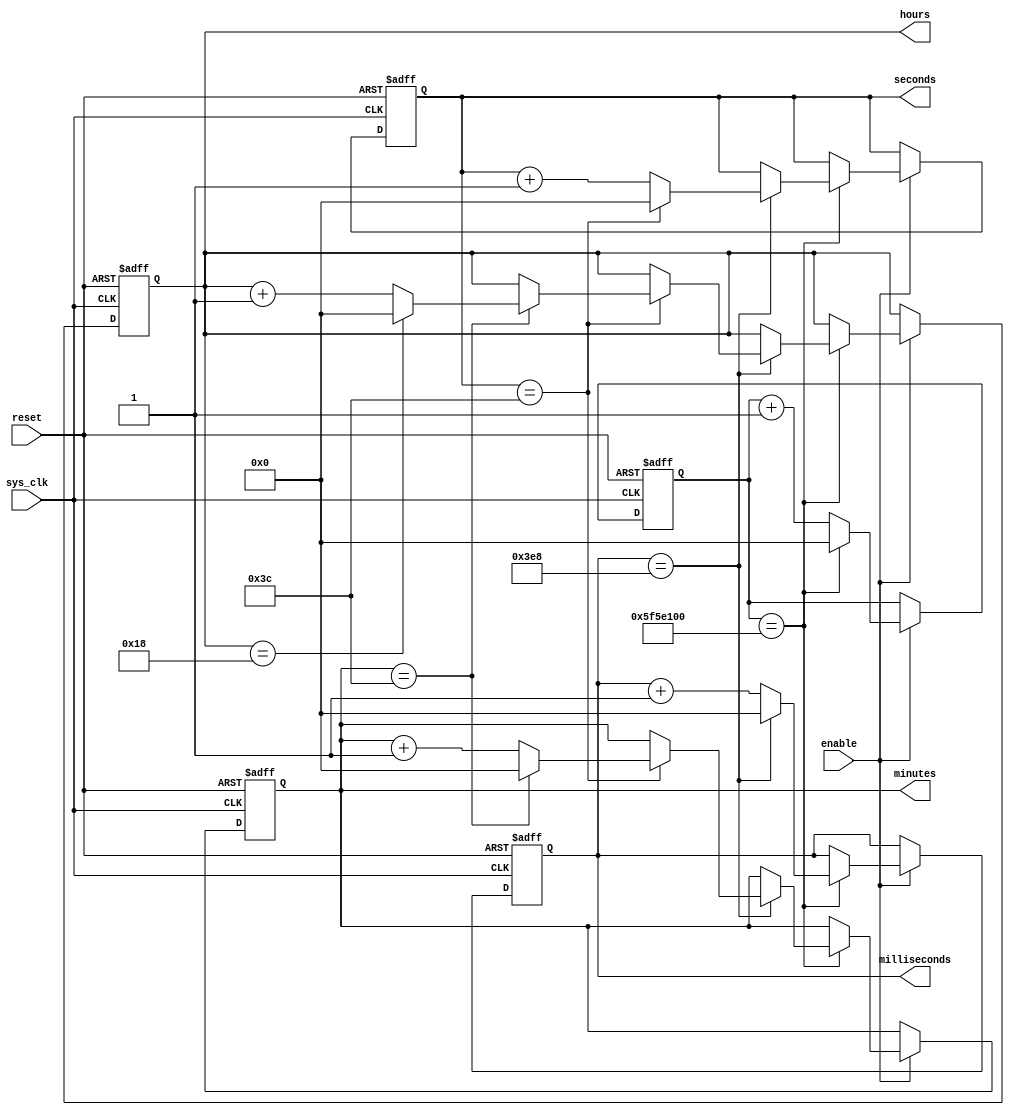
module rtc_timer (
    input wire sys_clk,
    input wire reset,
    input wire enable,
    output reg [31:0] hours,
    output reg [31:0] minutes,
    output reg [31:0] seconds,
    output reg [31:0] milliseconds
);

reg [31:0] rtc_count;

always @(posedge sys_clk or posedge reset) begin
    if (reset) begin
        rtc_count <= 0;
        hours <= 0;
        minutes <= 0;
        seconds <= 0;
        milliseconds <= 0;
    end else if (enable) begin
        rtc_count <= rtc_count + 1;
        if (rtc_count == 100000000) begin // 1 second
            rtc_count <= 0;
            milliseconds <= milliseconds + 1;
            if (milliseconds == 1000) begin
                milliseconds <= 0;
                seconds <= seconds + 1;
                if (seconds == 60) begin
                    seconds <= 0;
                    minutes <= minutes + 1;
                    if (minutes == 60) begin
                        minutes <= 0;
                        hours <= hours + 1;
                        if (hours == 24) begin
                            hours <= 0;
                        end
                    end
                end
            end
        end
    end
end

endmodule